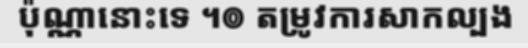
ប៉ុណ្ណានោះទេ ។៙ តម្រូវការសាកល្បង